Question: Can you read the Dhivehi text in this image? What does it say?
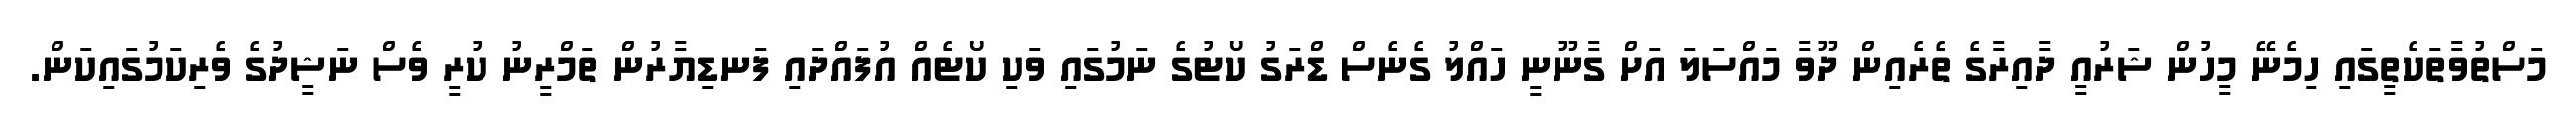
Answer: މަސްތުވާތަކެތީގައި ހިމެނޭ މީހުން ޝަރުއީ ދާއިރާގެ ތެރެއިން ދޫވާ މައްސަލަ އަށް ގާނޫނީ ހައްލު ގެނެސް ޑްރަގު ކޯޓުގެ ނަމުގައި ވަކި ކޯޓެއް އުފައްދައި ފަނޑިޔާރުން ތަމްރީނު ކުރީ ވެސް ނަޝީދުގެ ވެރިކަމުގައިކަން.